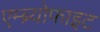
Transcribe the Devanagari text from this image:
एम्ब्र्योफाइट